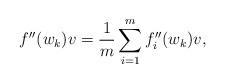
LaTeX: \begin{align*} f''(w_k) v = \frac{1}{m} \sum_{i=1}^m f''_i(w_k) v ,\end{align*}